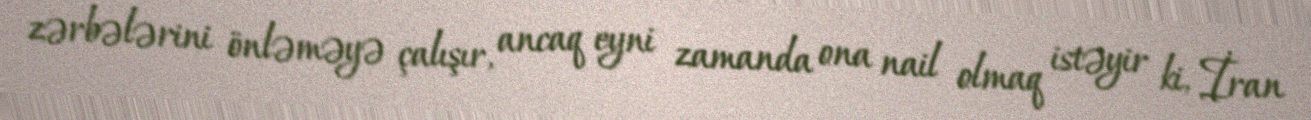
zərbələrini önləməyə çalışır, ancaq eyni zamanda ona nail olmaq istəyir ki, İran